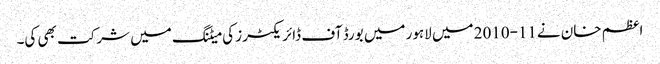
اعظم خان نے11-2010 میں لاہور میں بورڈ آف ڈائریکٹرز کی میٹنگ میں شرکت بھی کی۔